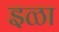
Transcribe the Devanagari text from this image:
इळा